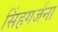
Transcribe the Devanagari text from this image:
सिंहगर्जना